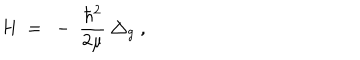
H \ = \ - \ \frac { \hbar ^ { 2 } } { 2 \mu } \ \triangle _ { g } \ ,